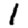
Digit: 1